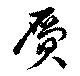
贋